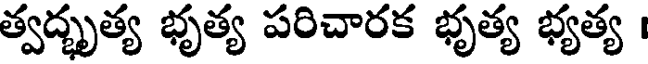
త్వద్భృత్య భృత్య పరిచారక భృత్య భ్యత్య ।